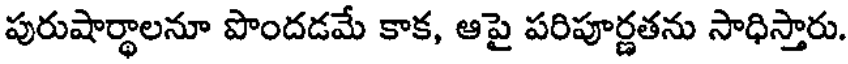
పురుషార్థాలనూ పొందడమే కాక, ఆపై పరిపూర్ణతను సాధిస్తారు.